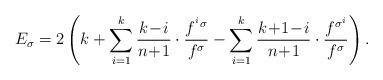
LaTeX: \begin{align*}E_\sigma = 2\left(k+ \sum_{i=1}^{k} \frac{k\!-\!i}{n\!+\!1}\cdot\frac{f^{{}^i\sigma}}{f^\sigma} - \sum_{i=1}^{k} \frac{k\!+\!1\!-\!i}{n\!+\!1}\cdot\frac{f^{\sigma^i}}{f^\sigma}\right).\end{align*}